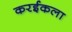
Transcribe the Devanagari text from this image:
करईकला